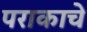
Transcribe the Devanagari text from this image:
पराकाचे